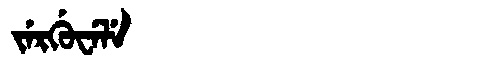
Manchu: ᠵᡝᡵᡤᡠᠸᡝᠯᡝ
Romanization: JERGUWELE